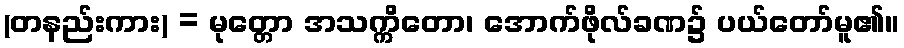
(တနည်းကား) = မုတ္တော အသက္ကိတော၊ အောက်ဖိုလ်ခဏ၌ ပယ်တော်မူ၏။